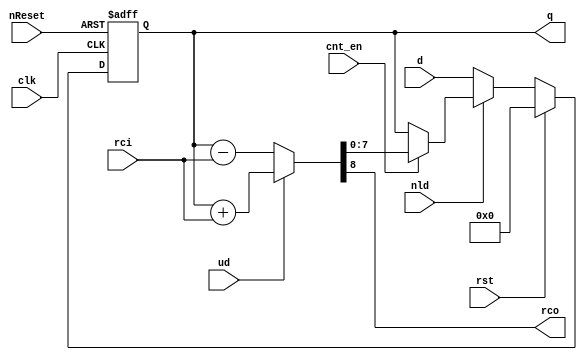
/////////////////////////////////////////////////////////////////////
////                                                             ////
////  Generic Up/Down counter                                    ////
////                                                             ////
////          richard@asics.ws                                   ////
////          www.asics.ws                                       ////
////                                                             ////
/////////////////////////////////////////////////////////////////////
////                                                             ////
//// Copyright (C) 2001, 2002 Richard Herveille                  ////
////                          richard@asics.ws                   ////
////                                                             ////
//// This source file may be used and distributed without        ////
//// restriction provided that this copyright statement is not   ////
//// removed from the file and that any derivative work contains ////
//// the original copyright notice and the associated disclaimer.////
////                                                             ////
////     THIS SOFTWARE IS PROVIDED ``AS IS'' AND WITHOUT ANY     ////
//// EXPRESS OR IMPLIED WARRANTIES, INCLUDING, BUT NOT LIMITED   ////
//// TO, THE IMPLIED WARRANTIES OF MERCHANTABILITY AND FITNESS   ////
//// FOR A PARTICULAR PURPOSE. IN NO EVENT SHALL THE AUTHOR      ////
//// OR CONTRIBUTORS BE LIABLE FOR ANY DIRECT, INDIRECT,         ////
//// INCIDENTAL, SPECIAL, EXEMPLARY, OR CONSEQUENTIAL DAMAGES    ////
//// (INCLUDING, BUT NOT LIMITED TO, PROCUREMENT OF SUBSTITUTE   ////
//// GOODS OR SERVICES; LOSS OF USE, DATA, OR PROFITS; OR        ////
//// BUSINESS INTERRUPTION) HOWEVER CAUSED AND ON ANY THEORY OF  ////
//// LIABILITY, WHETHER IN  CONTRACT, STRICT LIABILITY, OR TORT  ////
//// (INCLUDING NEGLIGENCE OR OTHERWISE) ARISING IN ANY WAY OUT  ////
//// OF THE USE OF THIS SOFTWARE, EVEN IF ADVISED OF THE         ////
//// POSSIBILITY OF SUCH DAMAGE.                                 ////
////                                                             ////
/////////////////////////////////////////////////////////////////////

//  CVS Log
//
//  $Id: ud_cnt.v,v 1.1 2002-02-18 14:26:46 rherveille Exp $
//
//  $Date: 2002-02-18 14:26:46 $
//  $Revision: 1.1 $
//  $Author: rherveille $
//  $Locker:  $
//  $State: Exp $
//
// Change History:
//               $Log: not supported by cvs2svn $
//               Revision 1.2  2002/02/16 10:42:17  rherveille
//               Added disclaimer
//               Added CVS information
//               Changed core for new internal counter libraries (synthesis fixes).
//
//


/////////////////////////////
// general purpose counter //
/////////////////////////////


module ud_cnt (clk, nReset, rst, cnt_en, ud, nld, d, q, rci, rco);
	// parameter declaration
	parameter SIZE  = 8;
	parameter RESD  = {SIZE{1'b0}}; // data after reset

	// inputs & outputs
	input             clk;    // master clock
	input             nReset; // asynchronous active low reset
	input             rst;    // synchronous active high reset
	input             cnt_en; // count enable
	input             ud;     // up/not down
	input             nld;    // synchronous active low load
	input  [SIZE-1:0] d;      // load counter value
	output [SIZE-1:0] q;      // current counter value
	input             rci;    // carry input
	output            rco;    // carry output

	// variable declarations
	reg  [SIZE-1:0] Qi;  // intermediate value
	wire [SIZE:0]   val; // carry+result

	//
	// Module body
	//

	assign val = ud ? ( {1'b0, Qi} + rci) : ( {1'b0, Qi} - rci);

	always@(posedge clk or negedge nReset)
	begin
		if (~nReset)
			Qi <= #1 RESD;
		else if (rst)
			Qi <= #1 RESD;
		else	if (~nld)
			Qi <= #1 d;
		else if (cnt_en)
			Qi <= #1 val[SIZE-1:0];
	end

	// assign outputs
	assign q = Qi;
	assign rco = val[SIZE];
endmodule